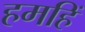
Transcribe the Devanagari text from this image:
हमहिं